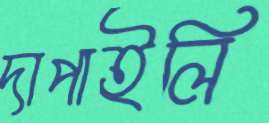
দাপাইলি